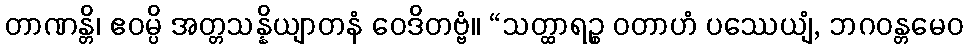
တာဏန္တိ၊ ဧဝမ္ပိ အတ္တသန္နိယျာတနံ ဝေဒိတဗ္ဗံ။ “သတ္ထာရဉ္စ ဝတာဟံ ပဿေယျံ, ဘဂဝန္တမေဝ